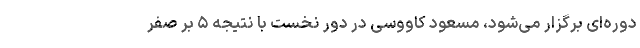
دوره‌ای برگزار می‌شود، مسعود کاووسی در دور نخست با نتیجه ۵ بر صفر